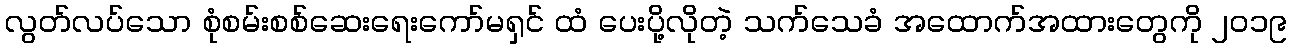
လွတ်လပ်သော စုံစမ်းစစ်ဆေးရေးကော်မရှင် ထံ ပေးပို့လိုတဲ့ သက်သေခံ အထောက်အထားတွေကို ၂၀၁၉